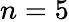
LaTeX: n=5